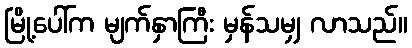
မြို့ပေါ်က မျက်နှာကြီး မှန်သမျှ လာသည်။